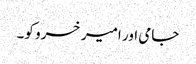
جامی اور امیر خسرو کو۔